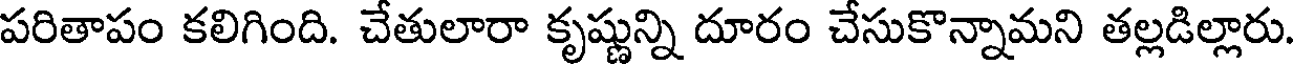
పరితాపం కలిగింది. చేతులారా కృష్ణున్ని దూరం చేసుకొన్నామని తల్లడిల్లారు